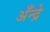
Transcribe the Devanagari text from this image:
अँन्द्रे